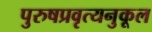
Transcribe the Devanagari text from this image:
पुरुषप्रवृत्यनुकूल